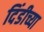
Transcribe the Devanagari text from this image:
दिंडीच्या